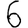
Digit: 6